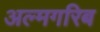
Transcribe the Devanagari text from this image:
अल्मगरिब